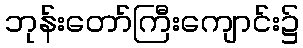
ဘုန်းတော်ကြီးကျောင်း၌